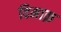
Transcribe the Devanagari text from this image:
दिमाक़